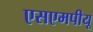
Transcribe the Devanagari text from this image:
एसएमपीयू